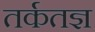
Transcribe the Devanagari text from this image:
तर्कतज्ञ